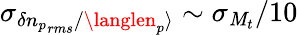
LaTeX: \sigma_{\delta{n_{p}}_{rms}/\langlen_{p}\rangle}\sim\sigma_{\mathit{M}_{t}}/10